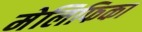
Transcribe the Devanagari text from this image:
मेलिफिका